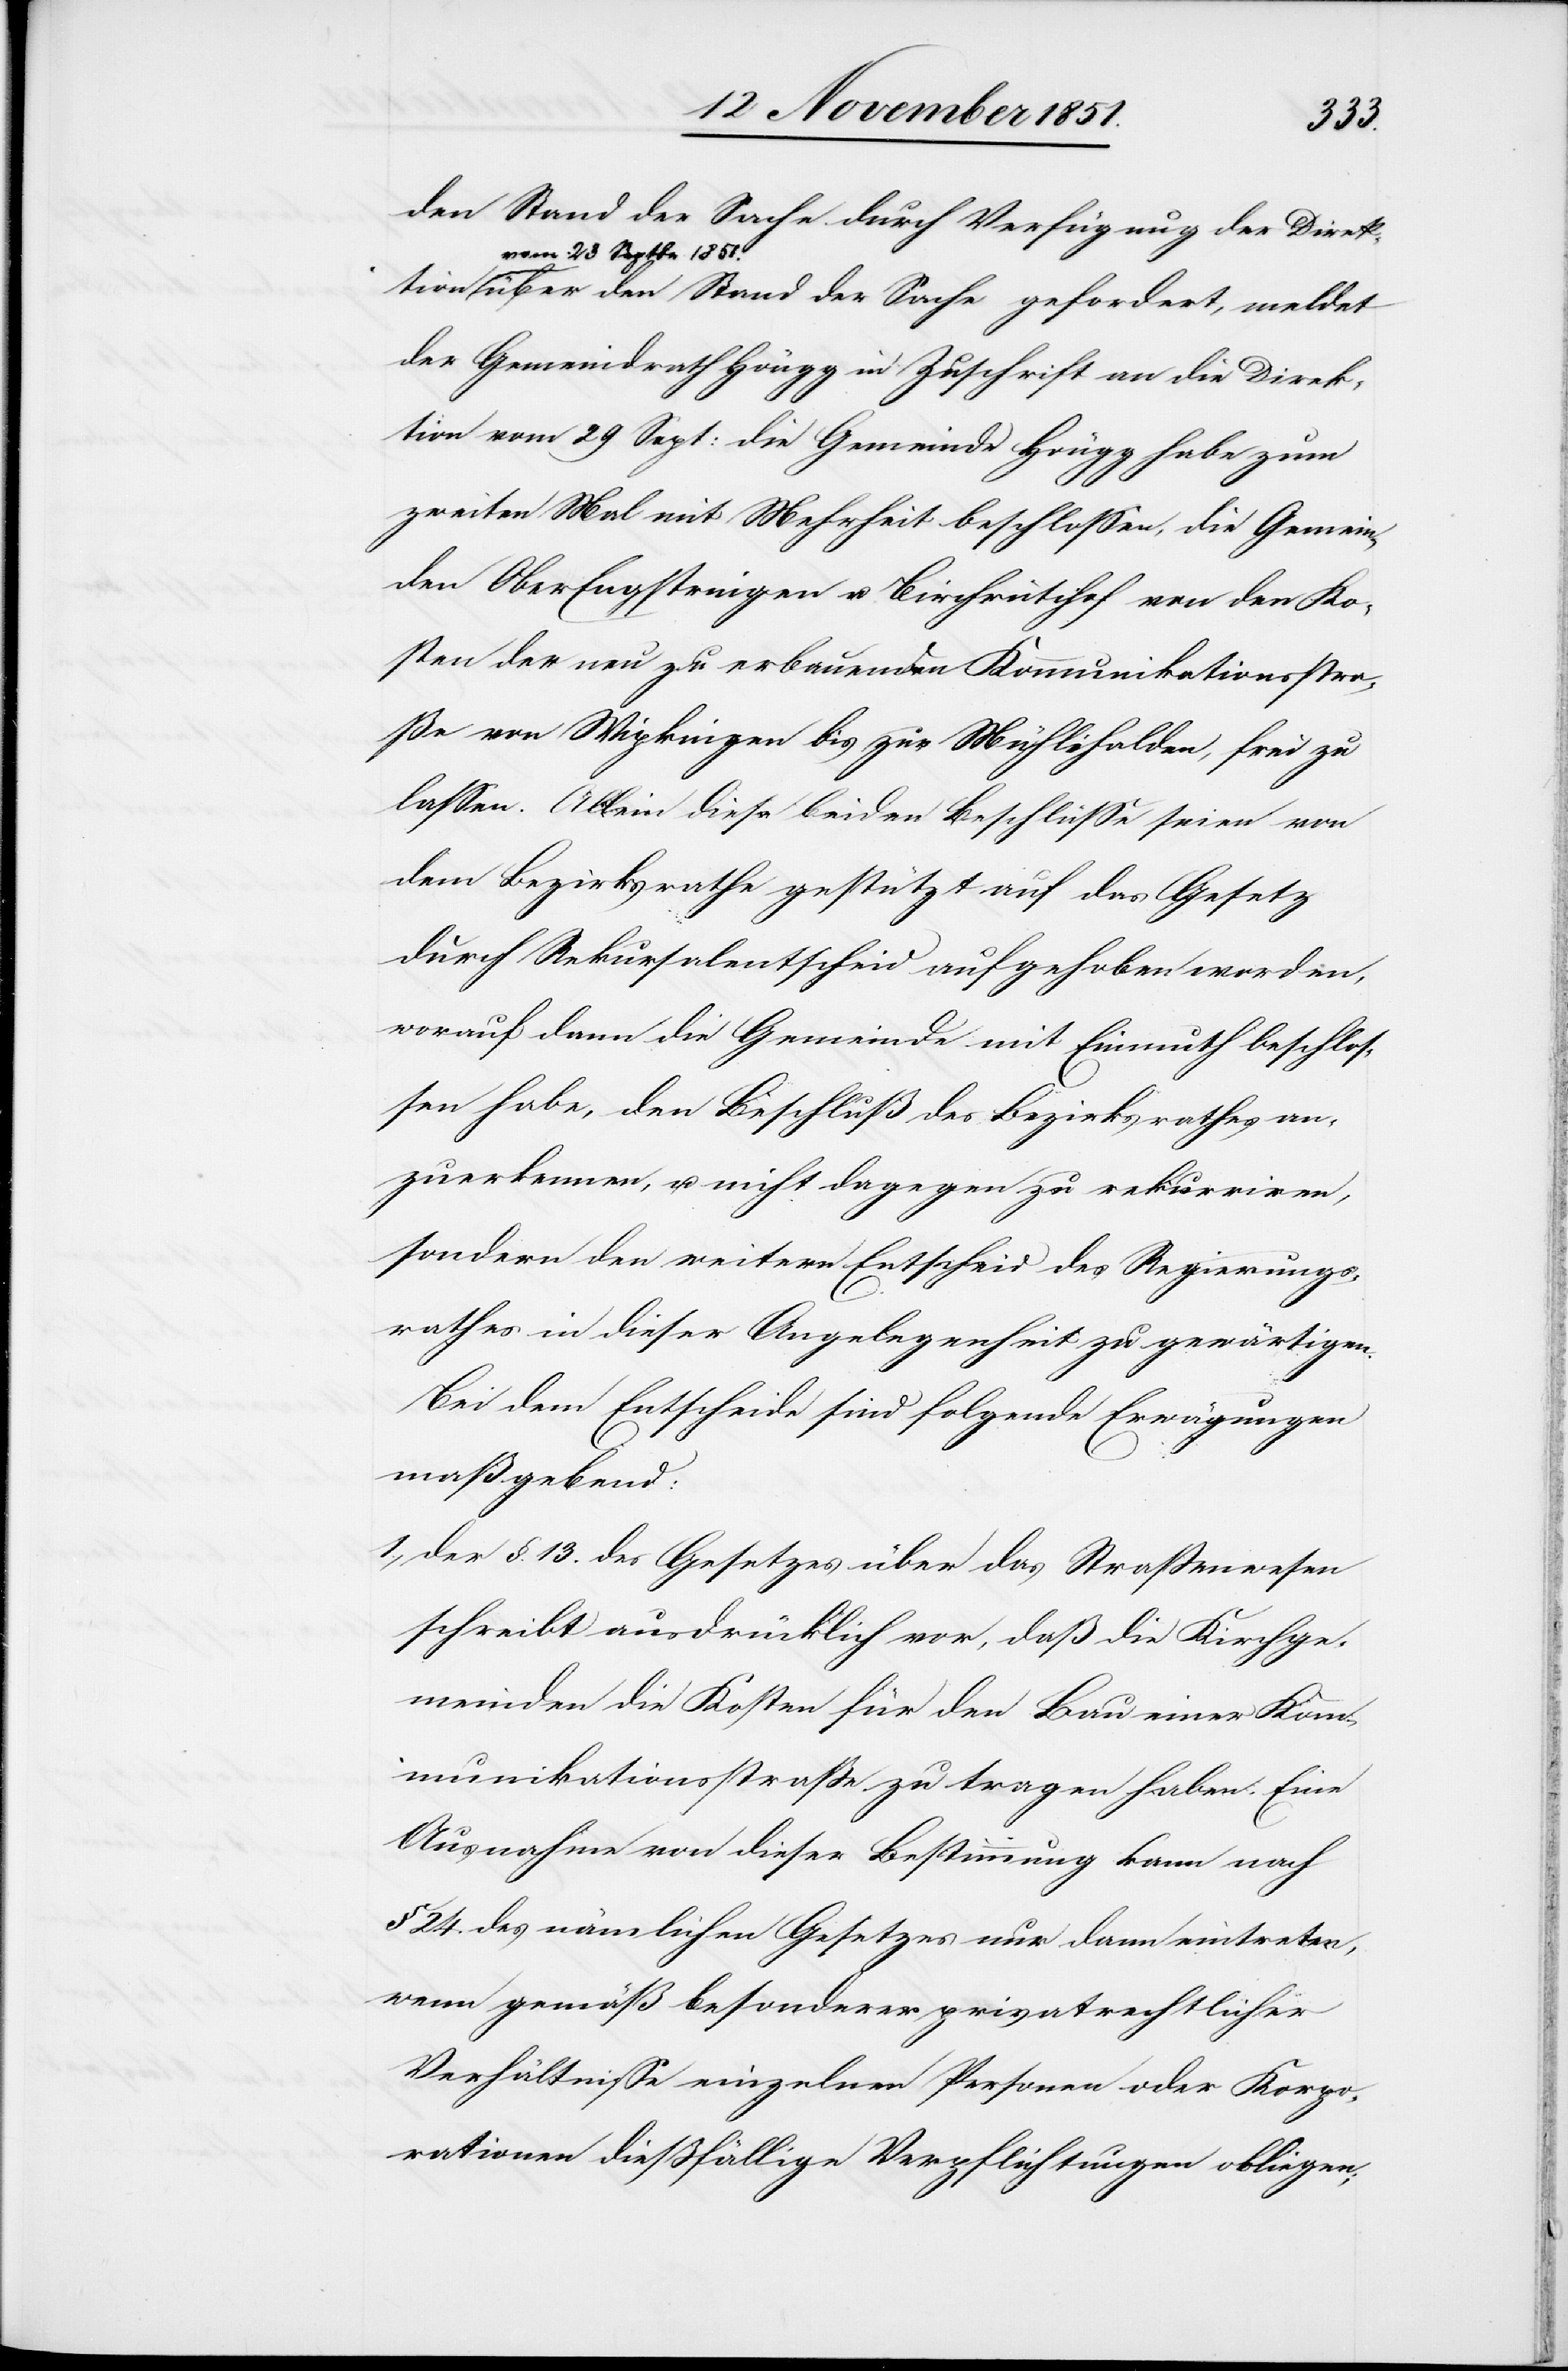
den Stand der Sache durch Verfügung der Direktion
vom 23 Septbr 1851.
über den Stand der Sache [sic!] gefordert, meldet
der Gemeindrath Höngg in Zuschrift an die Direk¬
tion vom 29 Sept: die Gemeinde Höngg habe zum
zweiten Mal mit Mehrheit beschlossen, die Gemein¬
den OberEngstringen u. Birchrütihof von den Ko¬
sten der neu zu erbauenden Kommunikationsstra¬
ße von Wipkingen bis zur Mühlehalden, frei zu
lassen. Allein diese beiden Beschlüsse seien von
dem Bezirksrathe gestützt auf das Gesetz
durch Rekursalentscheid aufgehoben worden,
worauf dann die Gemeinde mit Einmuth beschlos¬
sen habe, den Beschluß des Bezirksrathes an¬
zuerkennen, u. nicht dagegen zu rekurriren,
sondern den weitern Entscheid des Regierungs¬
rathes in dieser Angelegenheit zu gewärtigen.
Bei dem Entscheide sind folgende Erwägungen
maßgebend:
der §. 13. des Gesetzes über das Straßenwesen
schreibt ausdrücklich vor, daß die Kirchge¬
meinden die Kosten für den Bau einer Kom¬
munikationsstraße zu tragen haben. Eine
Ausnahme von dieser Bestimmung kann nach
§ 24. des nämlichen Gesetzes nur dann eintreten,
wenn gemäß besonderer privatrechtlicher
Verhältnisse einzelnen Personen oder Korpo¬
rationen dießfällige Verpflichtungen obliegen;